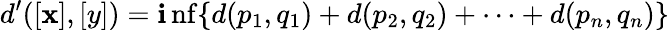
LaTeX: d^{\prime}([\mathbf{x}],[y])=\operatorname*{\mathbf{i}nf}\{ d(p_{1},q_{1})+d(p_{2},q_{2})+\dotsb+d(p_{n},q_{n})\}